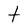
Character: t